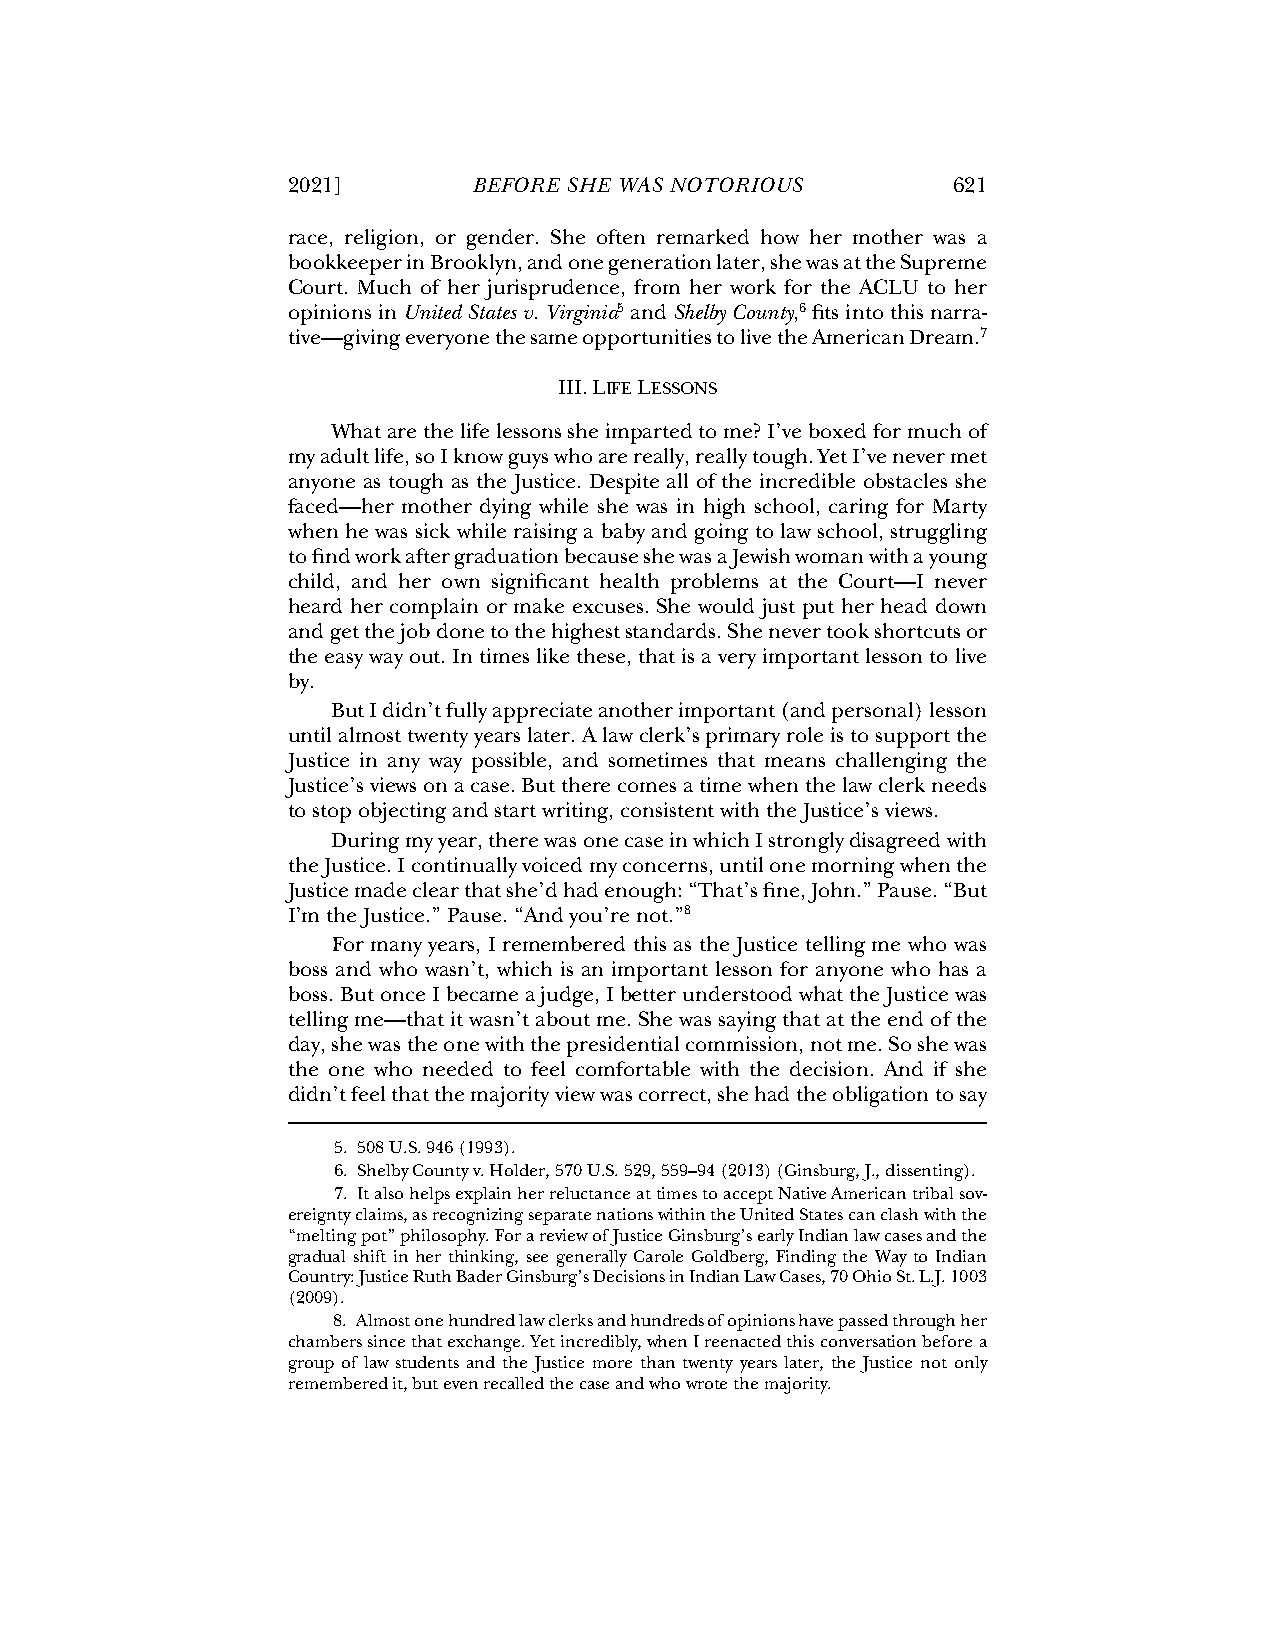
2021]       BEFORE SHE WAS NOTORIOUS        621
 race, religion, or gender. She often remarked how her mother was a
 bookkeeper in Brooklyn, and one generation later, she was at the Supreme
 Court. Much of her jurisprudence, from her work for the ACLU to her
 opinions in United States v. Virginia5 and Shelby County,6 fits into this narra-
 tive—giving everyone the same opportunities to live the American Dream.7
 III. LIFE LESSONS
 What are the life lessons she imparted to me? I’ve boxed for much of
 my adult life, so I know guys who are really, really tough. Yet I’ve never met
 anyone as tough as the Justice. Despite all of the incredible obstacles she
 faced—her mother dying while she was in high school, caring for Marty
 when he was sick while raising a baby and going to law school, struggling
 to find work after graduation because she was a Jewish woman with a young
 child, and her own significant health problems at the Court—I never
 heard her complain or make excuses. She would just put her head down
 and get the job done to the highest standards. She never took shortcuts or
 the easy way out. In times like these, that is a very important lesson to live
 by.
 But I didn’t fully appreciate another important (and personal) lesson
 until almost twenty years later. A law clerk’s primary role is to support the
 Justice in any way possible, and sometimes that means challenging the
 Justice’s views on a case. But there comes a time when the law clerk needs
 to stop objecting and start writing, consistent with the Justice’s views.
 During my year, there was one case in which I strongly disagreed with
 the Justice. I continually voiced my concerns, until one morning when the
 Justice made clear that she’d had enough: “That’s fine, John.” Pause. “But
 I’m the Justice.” Pause. “And you’re not.”8
 For many years, I remembered this as the Justice telling me who was
 boss and who wasn’t, which is an important lesson for anyone who has a
 boss. But once I became a judge, I better understood what the Justice was
 telling me—that it wasn’t about me. She was saying that at the end of the
 day, she was the one with the presidential commission, not me. So she was
 the one who needed to feel comfortable with the decision. And if she
 didn’t feel that the majority view was correct, she had the obligation to say
 5. 508 U.S. 946 (1993).
 6. Shelby County v. Holder, 570 U.S. 529, 559–94 (2013) (Ginsburg, J., dissenting).
 7. It also helps explain her reluctance at times to accept Native American tribal sov-
 ereignty claims, as recognizing separate nations within the United States can clash with the
 “melting pot” philosophy. For a review of Justice Ginsburg’s early Indian law cases and the
 gradual shift in her thinking, see generally Carole Goldberg, Finding the Way to Indian
 Country: Justice Ruth Bader Ginsburg’s Decisions in Indian Law Cases, 70 Ohio St. L.J. 1003
 (2009).
 8. Almost one hundred law clerks and hundreds of opinions have passed through her
 chambers since that exchange. Yet incredibly, when I reenacted this conversation before a
 group of law students and the Justice more than twenty years later, the Justice not only
 remembered it, but even recalled the case and who wrote the majority.